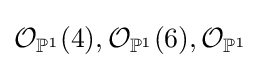
{\mathcal {O}}_{\mathbb {P} ^{1}}(4),{\mathcal {O}}_{\mathbb {P} ^{1}}(6),{\mathcal {O}}_{\mathbb {P} ^{1}}